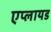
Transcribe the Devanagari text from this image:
एप्लायड